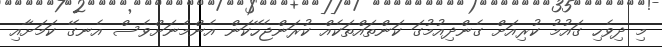
މި ދިވެހި ގައުމު ކުރިއަށް ގެންދިއުމުގަ ކަންތައްތަކެއް ކުރަންޖެހޭކަން އެންމެނަށްވެސް އެނގޭ ކަމަށާއި